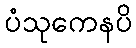
ပံသုကေနပိ